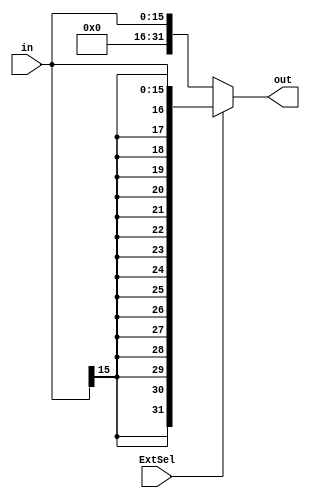
`timescale 1ns / 1ps
//////////////////////////////////////////////////////////////////////////////////
// Company: 
// Engineer: 
// 
// Design Name: 
// Module Name: Extend
// Project Name: 
// Target Devices: 
// Tool Versions: 
// Description: 
// 
// Dependencies: 
// 
// Revision:
// Revision 0.01 - File Created
// Additional Comments:
// 
//////////////////////////////////////////////////////////////////////////////////


module Extend(in, ExtSel, out);
    input wire [15:0] in;
    input wire ExtSel;
    output [31:0] out;
    assign out = (ExtSel) ? {{16{in[15]}}, in[15:0]}:{{16{1'b0}}, in[15:0]};
    
endmodule